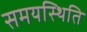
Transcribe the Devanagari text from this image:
समयस्थिति